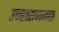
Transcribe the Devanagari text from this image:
उपहासजनक